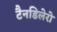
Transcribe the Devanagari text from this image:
टैनडिलेरो